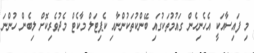
މި ފައިސާއަކީ އެހެނިހެން ގައުމުތަކުގައި ބޭންކުތަކުންނާއި ކެޕިޓަލް މާކެޓް މެދުވެރިކޮށް ލިބެން ހުންނަ